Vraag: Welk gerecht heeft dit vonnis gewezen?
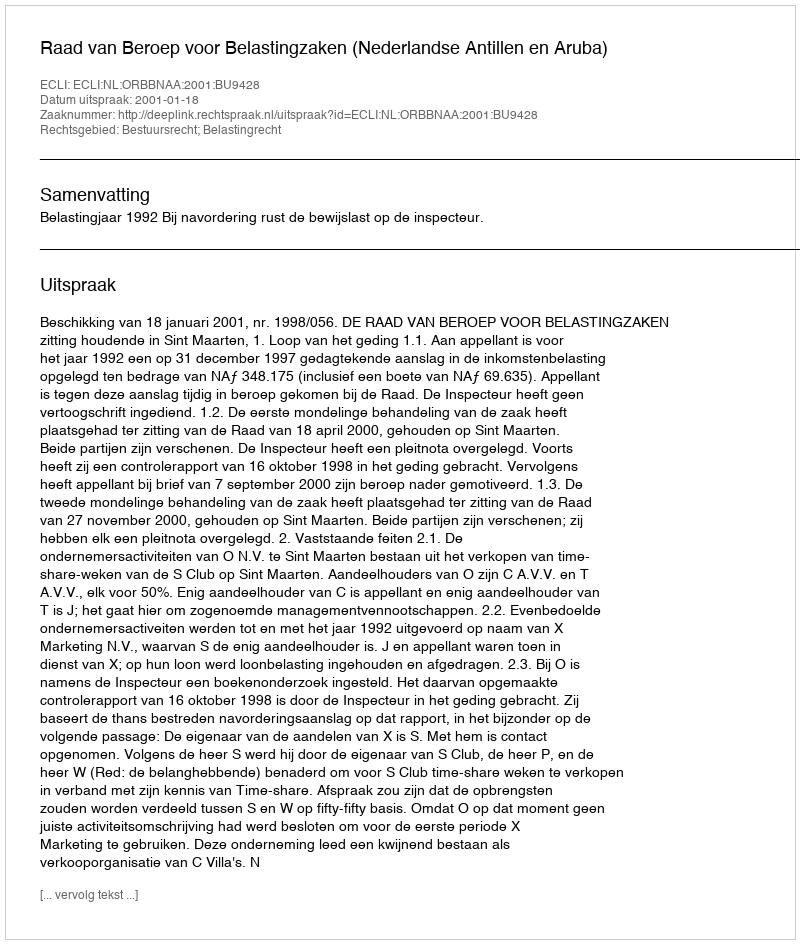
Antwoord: Raad van Beroep voor Belastingzaken (Nederlandse Antillen en Aruba)